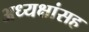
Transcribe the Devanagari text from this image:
अध्यक्षांसह